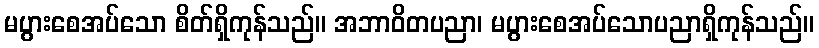
မပွားစေအပ်သော စိတ်ရှိကုန်သည်။ အဘာဝိတပညာ၊ မပွားစေအပ်သောပညာရှိကုန်သည်။